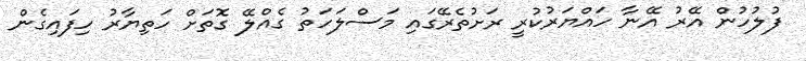
ފުލުހުން އޭރު އޭނާ ހައްޔަރުކުރީ ރަށުތެރޭގައި މަސްލަހަތު ގެއްލޭ ގޮތަށް ހަތިޔާރު ހިފައިގެން